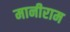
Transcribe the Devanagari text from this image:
मानीराम